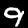
Digit: 9